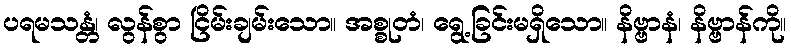
ပရမသန္တံ၊ လွန်စွာ ငြိမ်းချမ်းသော။ အစ္စုတံ၊ ရွေ့ခြင်းမရှိသော။ နိဗ္ဗာနံ၊ နိဗ္ဗာန်ကို။